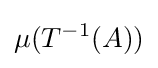
\mu (T^{-1}(A))